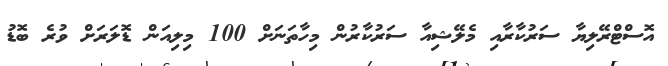
އޮސްޓްރޭލިޔާ ސަރުކާރާއި މެލޭޝިއާ ސަރުކާރުން މިހާތަނަށް 100 މިލިއަން ޑޮލަރަށް ވުރެ ބޮޑު